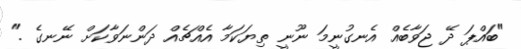
"ބައްޕަ ދޭ ޖަވާބެއް އެނގުނީމަ ނޫނީ ތިޔަކަމާ އެއްޗެއް ދަންނަވާކަށް ނޭނގެ ."